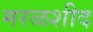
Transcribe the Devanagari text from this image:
मरळशीद